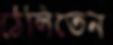
ঠেলিতেন